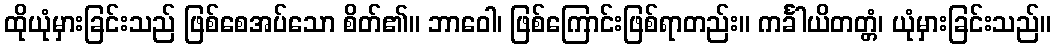
ထိုယုံမှားခြင်းသည် ဖြစ်စေအပ်သော စိတ်၏။ ဘာဝေါ၊ ဖြစ်ကြောင်းဖြစ်ရာတည်း။ ကင်္ခါယိတတ္တံ၊ ယုံမှားခြင်းသည်။